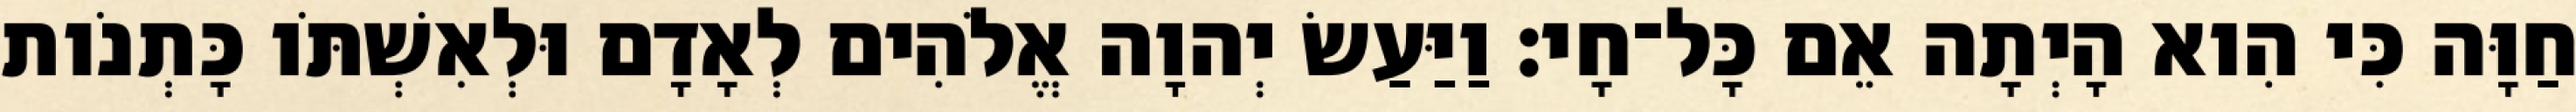
חַוָּה כִּי הִוא הָיְתָה אֵם כָּל־חָי׃ וַיַּעַשׂ יְהוָה אֱלֹהִים לְאָדָם וּלְאִשְׁתֹּו כָּתְנֹות